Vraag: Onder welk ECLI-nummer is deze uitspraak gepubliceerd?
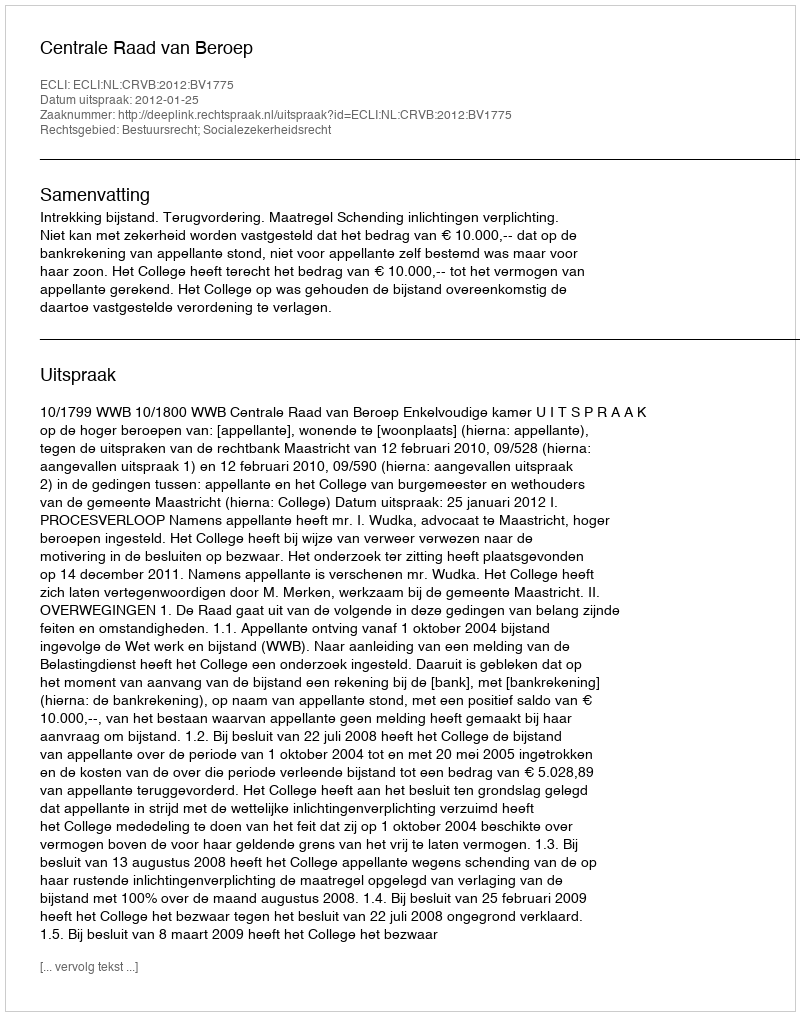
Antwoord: ECLI:NL:CRVB:2012:BV1775